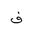
Letter: _fa